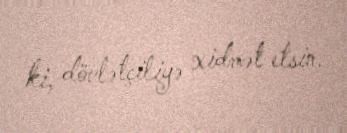
ki, dövlətçiliyə xidmət etsin.